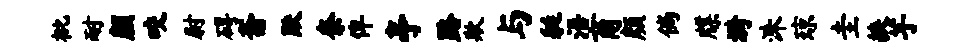
枇耐颜咬尉碍斋默奈俾亭路欺与艇浯商颜倘牒漪洙琼圭挟芋